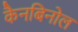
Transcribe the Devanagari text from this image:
कैनबिनोल